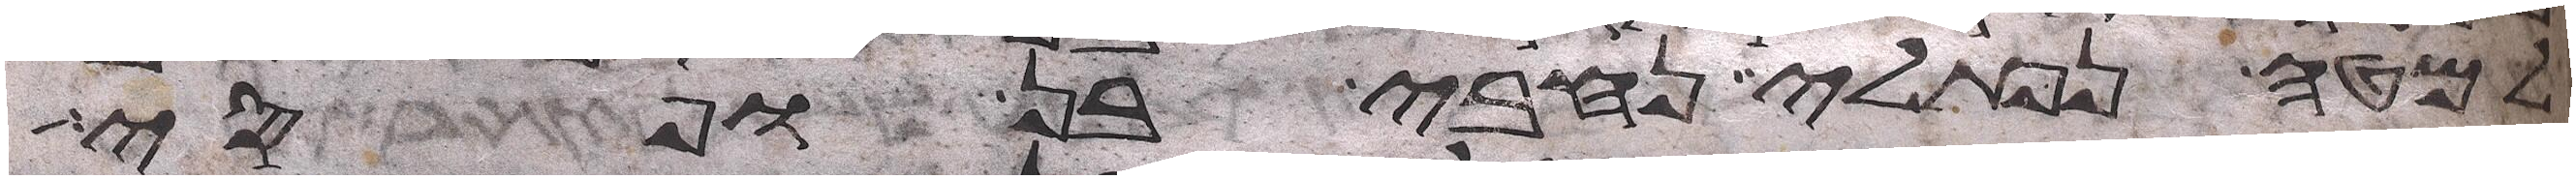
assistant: למטה נפתלי נחבי בן ופסי